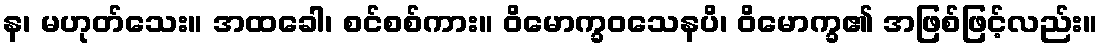
န၊ မဟုတ်သေး။ အထခေါ၊ စင်စစ်ကား။ ဝိမောက္ခဝသေနပိ၊ ဝိမောက္ခ၏ အဖြစ်ဖြင့်လည်း။